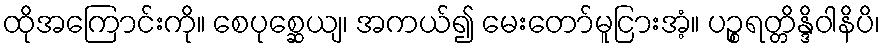
ထိုအကြောင်းကို။ စေပုစ္ဆေယျ၊ အကယ်၍ မေးတော်မူငြားအံ့။ ပဉ္စရတ္တိန္ဒိဝါနိပိ၊